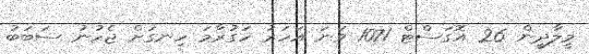
މީލާދީން 26 އޮގަސްޓް 1071 ވަނަ އަހަރު ހަގުރާމަ ހިނގަށް ޖެހުނު ސަބަބު